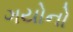
ગયોનો